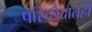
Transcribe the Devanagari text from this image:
परिच्छेदातही